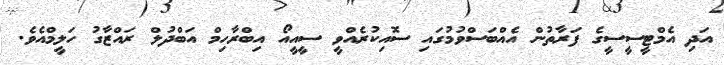
އަދި އެމްޓީސީސީގެ ފަރާތުން އެއްބަސްވުމުގައި ސޮއިކުރެއްވީ ސީއީއޯ އިބްރާހިމް އަބްދުލް ރައްޒާގު ހަލީމްއެވެ.